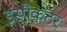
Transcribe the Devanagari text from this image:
इंस्पैकटर